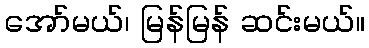
အော်မယ်၊ မြန်မြန် ဆင်းမယ်။